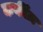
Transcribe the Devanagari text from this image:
कर्कीज़